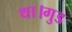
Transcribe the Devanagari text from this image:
था।गुड